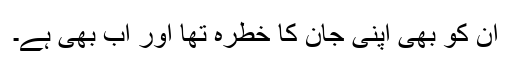
ان کو بھی اپنی جان کا خطرہ تھا اور اب بھی ہے۔